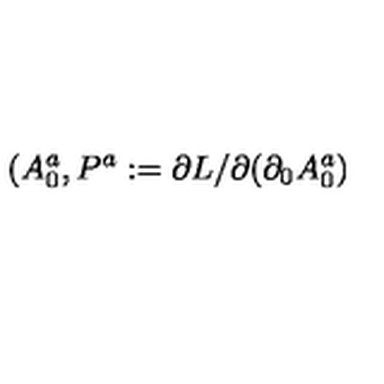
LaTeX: ( A _ { 0 } ^ { a } , P ^ { a } : = \partial L / \partial ( \partial _ { 0 } { A } _ { 0 } ^ { a } )